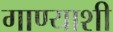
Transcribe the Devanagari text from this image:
गाण्याशी